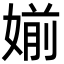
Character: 媊